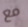
مع